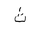
Letter: _tha